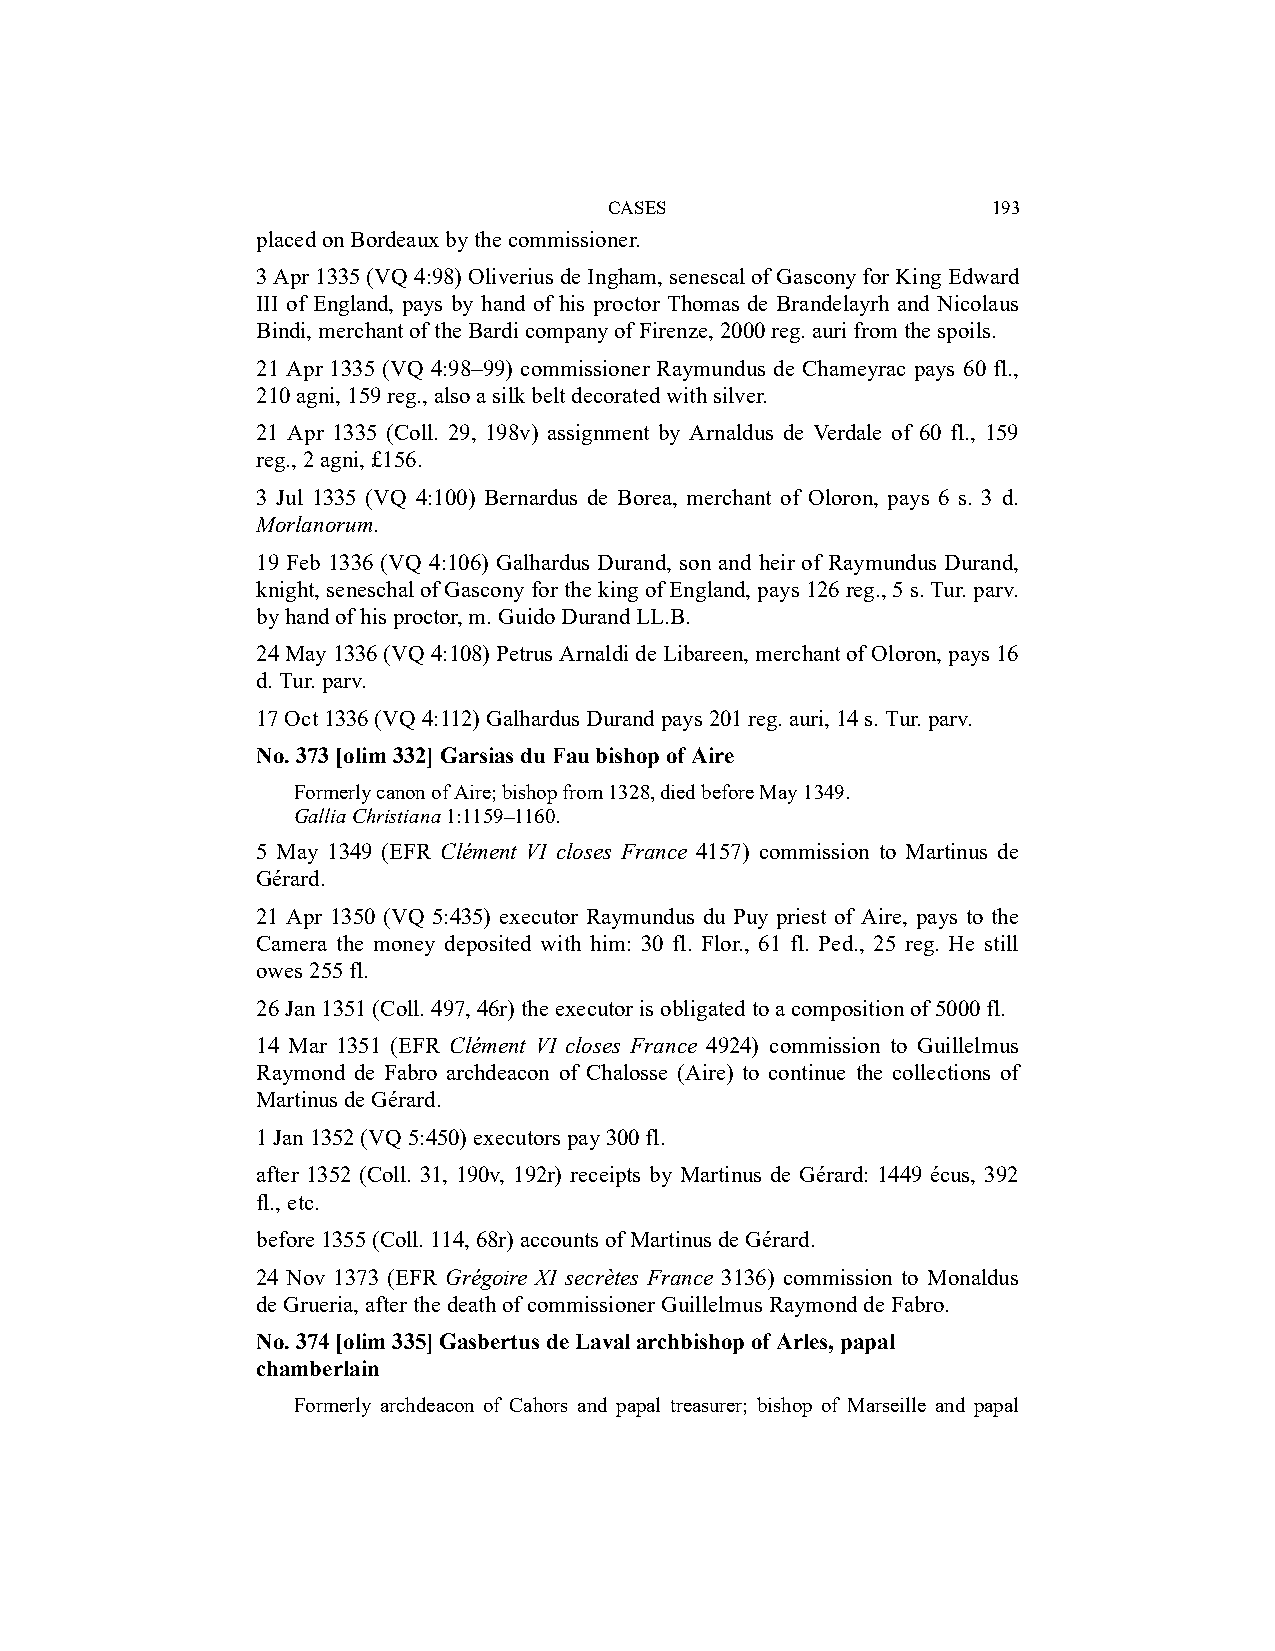
CASES                     193
 placed on Bordeaux by the commissioner.
 3 Apr 1335 (VQ 4:98) Oliverius de Ingham, senescal of Gascony for King Edward
 III of England, pays by hand of his proctor Thomas de Brandelayrh and Nicolaus
 Bindi, merchant of the Bardi company of Firenze, 2000 reg. auri from the spoils.
 21 Apr 1335 (VQ 4:98–99) commissioner Raymundus de Chameyrac pays 60 fl.,
 210 agni, 159 reg., also a silk belt decorated with silver.
 21 Apr 1335 (Coll. 29, 198v) assignment by Arnaldus de Verdale of 60 fl., 159
 reg., 2 agni, £156.
 3 Jul 1335 (VQ 4:100) Bernardus de Borea, merchant of Oloron, pays 6 s. 3 d.
 Morlanorum.
 19 Feb 1336 (VQ 4:106) Galhardus Durand, son and heir of Raymundus Durand,
 knight, seneschal of Gascony for the king of England, pays 126 reg., 5 s. Tur. parv.
 by hand of his proctor, m. Guido Durand LL.B.
 24 May 1336 (VQ 4:108) Petrus Arnaldi de Libareen, merchant of Oloron, pays 16
 d. Tur. parv.
 17 Oct 1336 (VQ 4:112) Galhardus Durand pays 201 reg. auri, 14 s. Tur. parv.
 No. 373 [olim 332] Garsias du Fau bishop of Aire
 Formerly canon of Aire; bishop from 1328, died before May 1349.
 Gallia Christiana 1:1159–1160.
 5 May 1349 (EFR Clément VI closes France 4157) commission to Martinus de
 Gérard.
 21 Apr 1350 (VQ 5:435) executor Raymundus du Puy priest of Aire, pays to the
 Camera the money deposited with him: 30 fl. Flor., 61 fl. Ped., 25 reg. He still
 owes 255 fl.
 26 Jan 1351 (Coll. 497, 46r) the executor is obligated to a composition of 5000 fl.
 14 Mar 1351 (EFR Clément VI closes France 4924) commission to Guillelmus
 Raymond de Fabro archdeacon of Chalosse (Aire) to continue the collections of
 Martinus de Gérard.
 1 Jan 1352 (VQ 5:450) executors pay 300 fl.
 after 1352 (Coll. 31, 190v, 192r) receipts by Martinus de Gérard: 1449 écus, 392
 fl., etc.
 before 1355 (Coll. 114, 68r) accounts of Martinus de Gérard.
 24 Nov 1373 (EFR Grégoire XI secrètes France 3136) commission to Monaldus
 de Grueria, after the death of commissioner Guillelmus Raymond de Fabro.
 No. 374 [olim 335] Gasbertus de Laval archbishop of Arles, papal
 chamberlain
 Formerly archdeacon of Cahors and papal treasurer; bishop of Marseille and papal